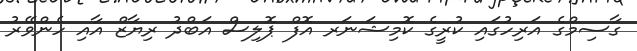
ގާސިމްގެ އަރިހުގައި ކުރީގެ ކޮމިޝަނަރ އޮފް ޕޮލިސް އަބްދު ރިޔާޒް އާއި ހެންވޭރު